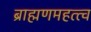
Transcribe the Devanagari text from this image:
ब्राह्मणमहत्त्व